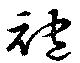
袍